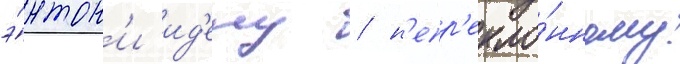
э́нтон'и ид'ену / н'епр'екло́нному